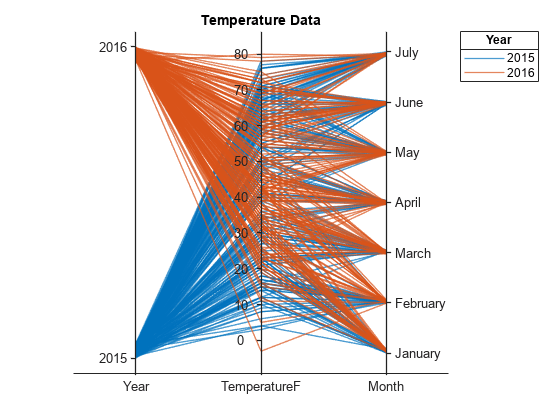
matlab, parallelplot